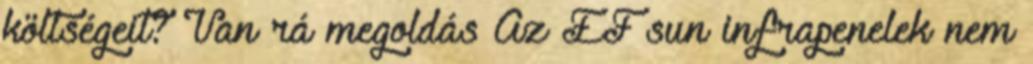
költségeit? Van rá megoldás Az EF sun infrapenelek nem